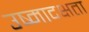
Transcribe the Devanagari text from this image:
उष्मादक्षता